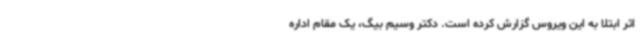
اثر ابتلا به این ویروس گزارش کرده است. دکتر وسیم بیگ، یک مقام اداره